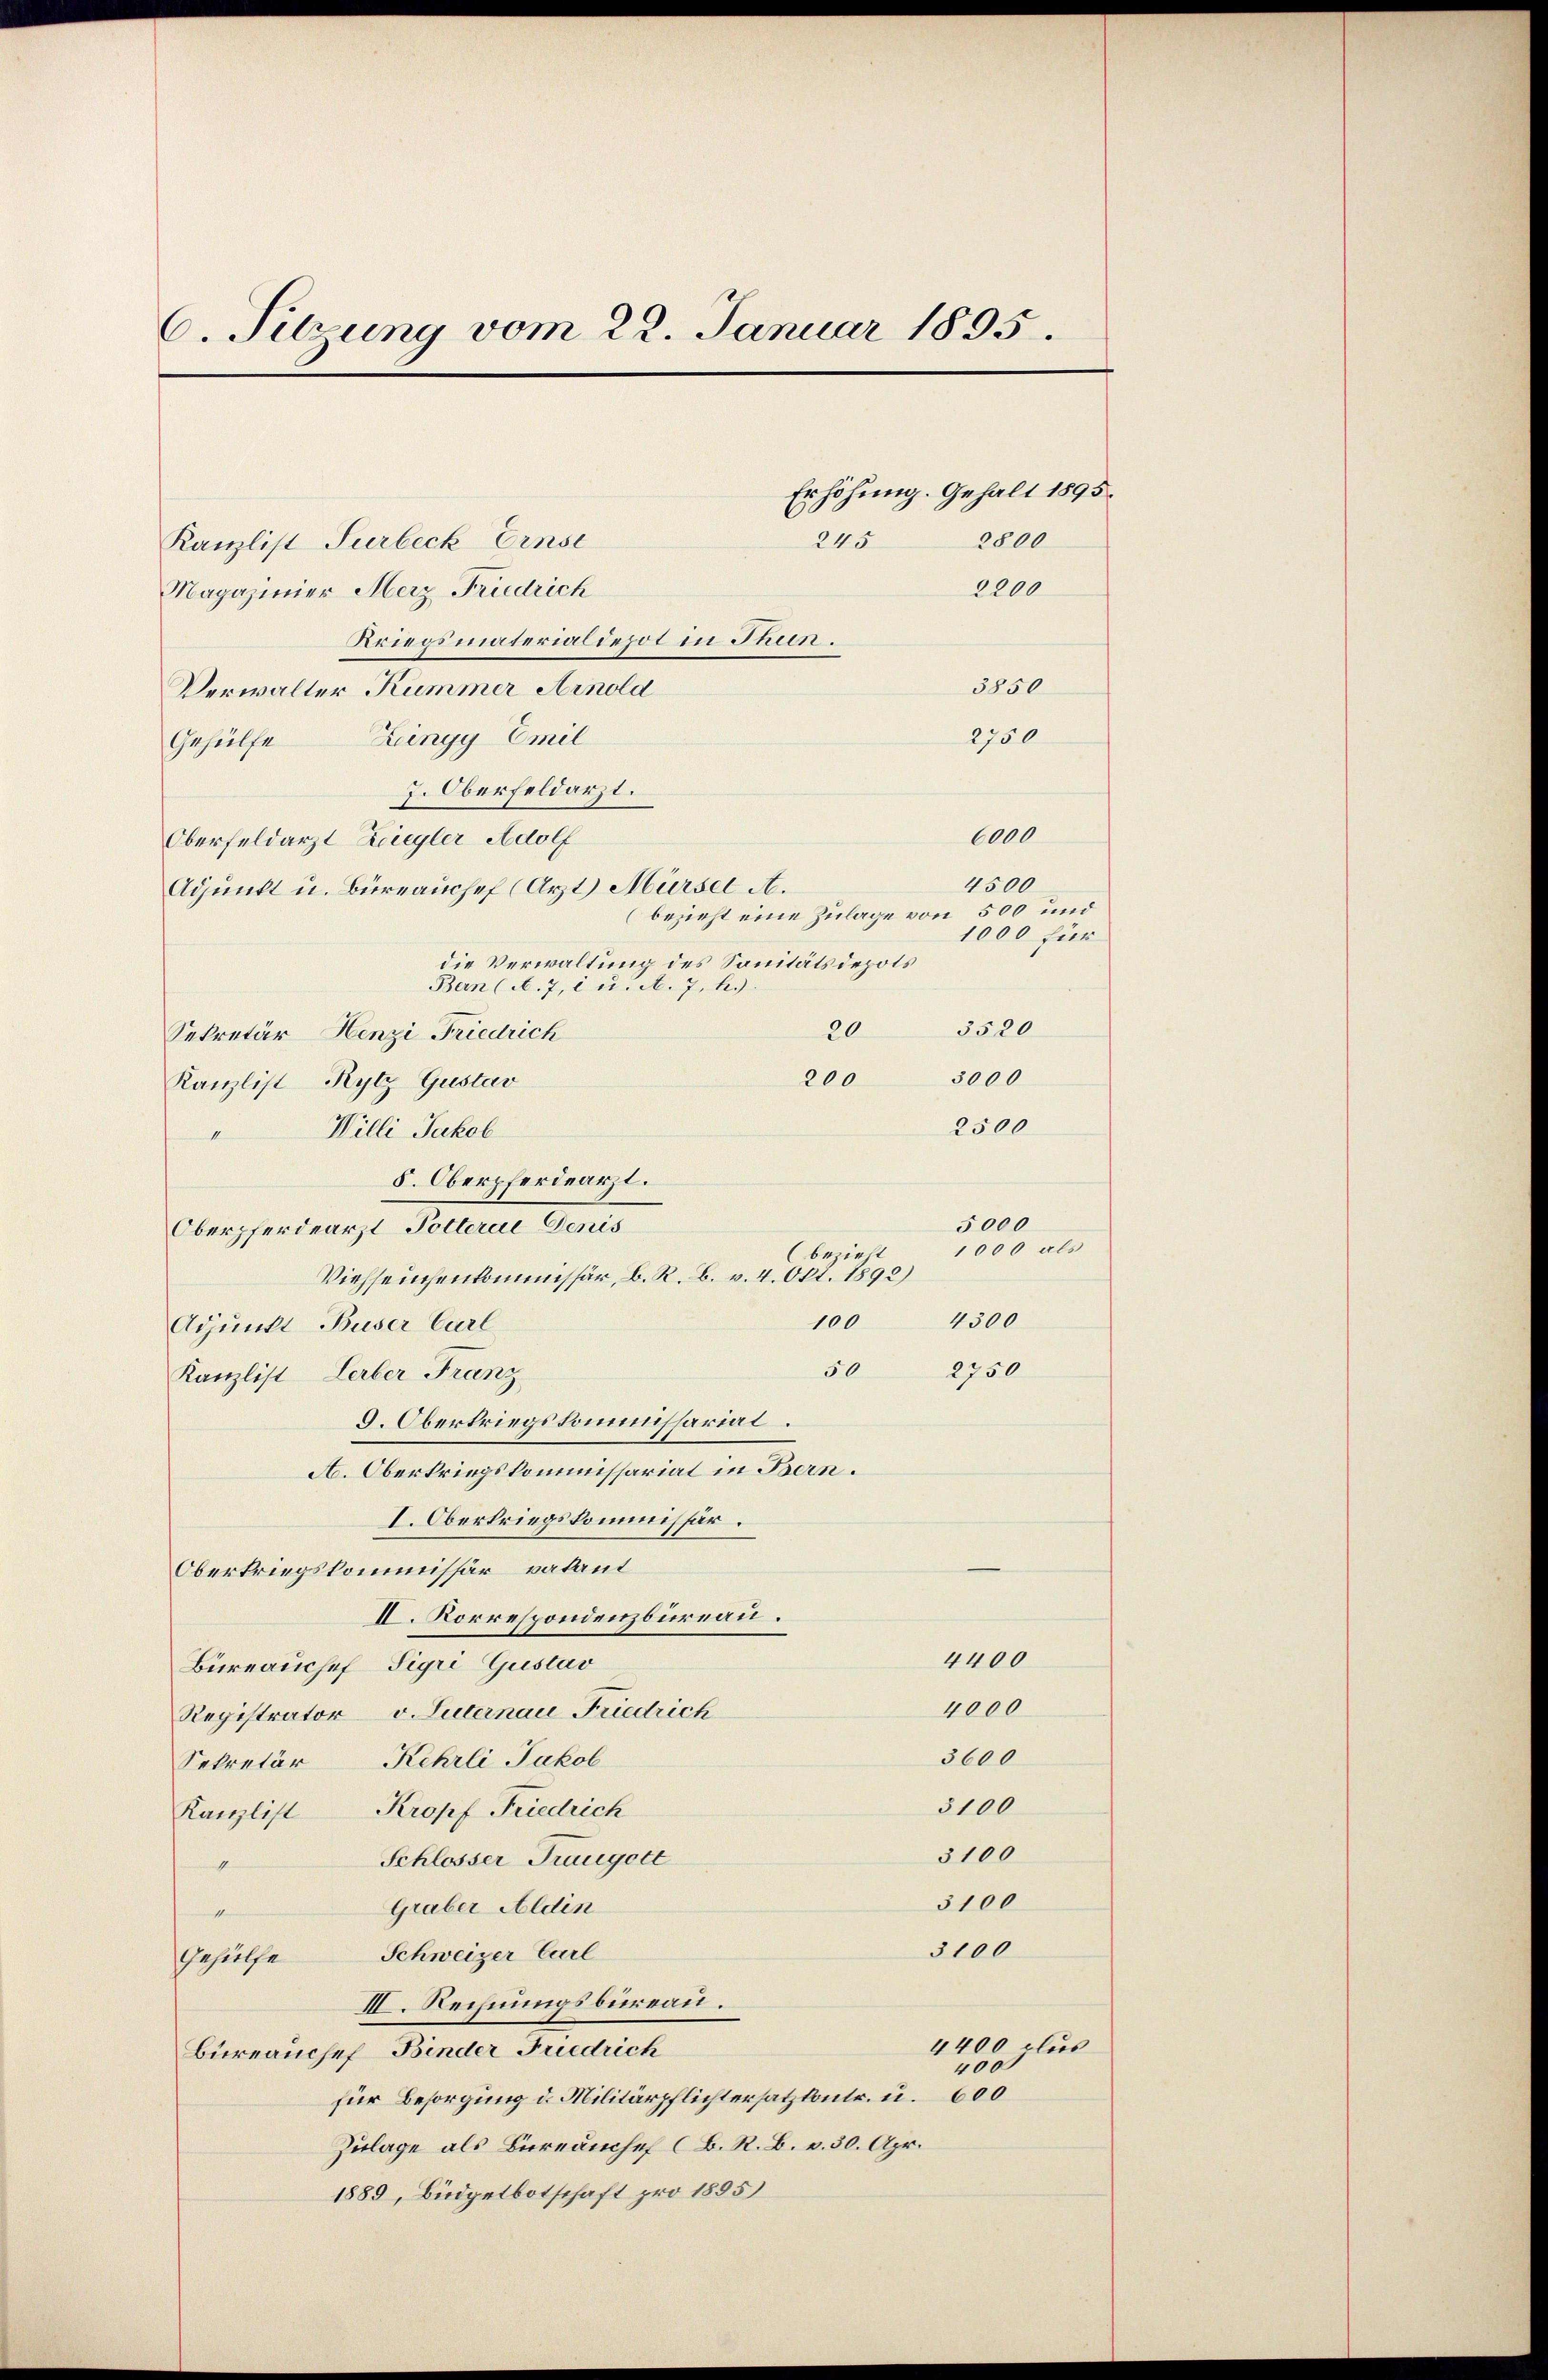
6. Sitzung vom 22. Januar 1895.
Erhöhung. Gehalt 1895.
2800
245
Kanzlist Surbeck Ernst
2200
Magazinier Merz Friedrich
Kriegsmaterialdepot in Thun.
3850
Verwalter Kummer Arnold

2750
Gehülfe Leingy Emil
J. Oberfeldarzt.
6000
Oberfeldarzt Ziegler Adolf
4500
Adjunkt u. Büreauchef (Arzt Mürsel A.
(bezieht eine Zulage von 500 und
1000 für
die Verwaltung des Sanitätsdepots
Ban (A. 7, 2 u. A. 7, h.)
3520
20
Sekretär Henzi Friedrich
3000
200
Kanzlist Rytz Gustav
2500
Willi Jakob
II
5. Oberpferdearzt.
Oberpferdearzt Polterae Denis
(bezieht
Viehseuchenkommissär, b. R. B. v. 4. Okt. 1892)
100
Apunkt Buser Carl
50
Kanzlist Lerber Franz
G. Obertriegskommissarial.
A. Oberkriegskommissariat in Bern.
I. Oberkriegskommissär.
Oberkriegskommissär vakant
II. Korrespondenzbureau.
4400
Büreauchef Sigri Gustav
4000
Registrator v. Luternau Friedrich
3600
Sekretär Kehrli Jakob
3100
Kanzlist Kropf Friedrich
3100
Schlosser Traugott
1
3100
Graber Aldin
1
3100
Schweizer Carl
Gehülfe
III. Rechnungsbureau.
4400 clus
Büreauchef Binder Friedrich
400
für Besorgung d. Militärpflichtersatz kontr. u. 600
Zulage als Büreauchef (B. R. B. v. 30. Apr.
1889, Büdgetbotschaft pro 1895

1000 als

5000

4300
2750